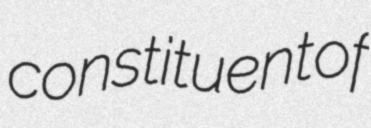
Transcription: constituent of